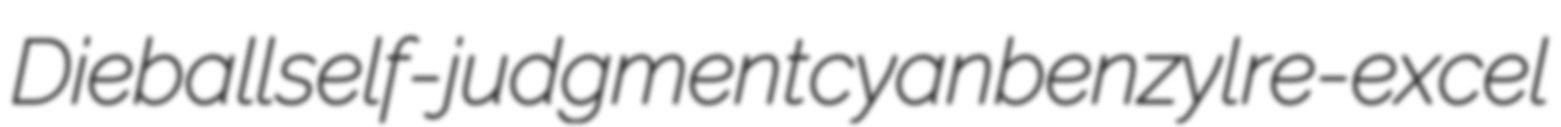
Dieball self-judgment cyanbenzyl re-excel